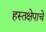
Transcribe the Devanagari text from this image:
हस्तक्षेपाचे